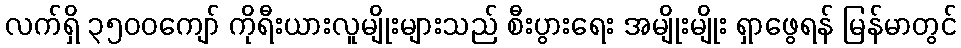
လက်ရှိ ၃၅၀၀ကျော် ကိုရီးယားလူမျိုးများသည် စီးပွားရေး အမျိုးမျိုး ရှာဖွေရန် မြန်မာတွင်